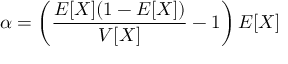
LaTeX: \alpha = \left( { \frac { E [ X ] ( 1 - E [ X ] ) } { V [ X ] } } - 1 \right) E [ X ]